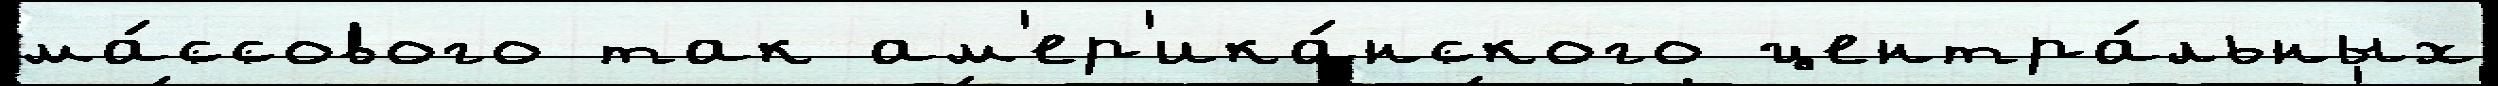
ма́ссового так ам'ер'ика́нского центра́льных